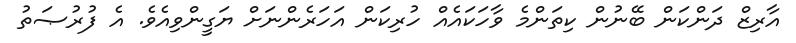
އާރިޒް ދަންކަން ބޭނުން ކިތަންމެ ވާހަކައެއް ހުރިކަން އަހަރެންނަށް ޔަގީންވިއެވެ. އެ ފުރުޞަތު